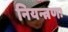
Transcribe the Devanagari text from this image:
नियन्त्रणः